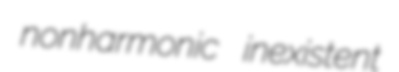
nonharmonic inexistent